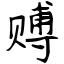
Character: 赙